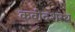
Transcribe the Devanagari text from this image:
कवीदशरथ